Lunatic asylums Madras 1877-1891 - 1877-1891
Year: 1877
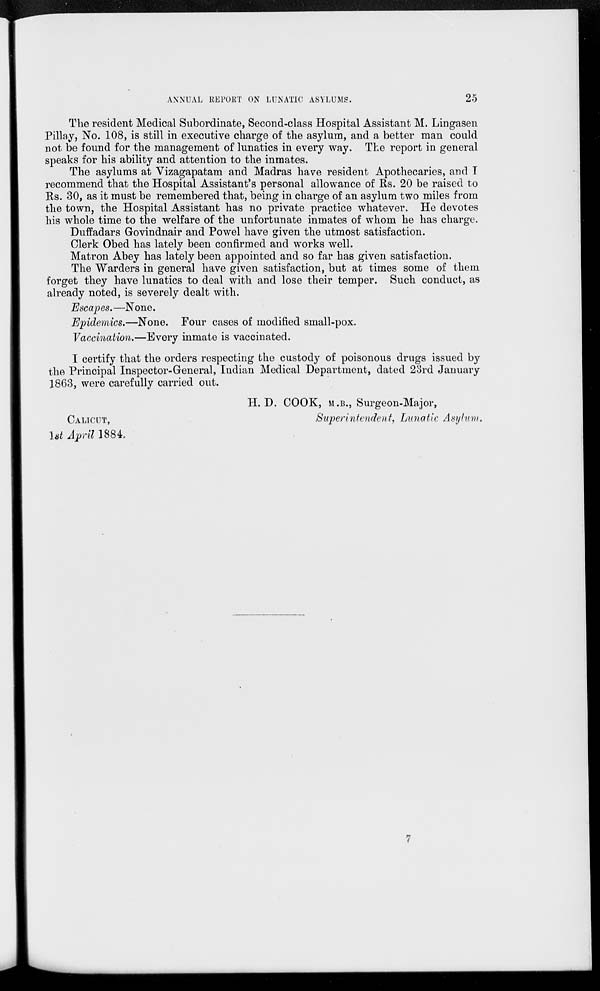
ANNUAL REPORT ON LUNATIC ASYLUMS.
25
The resident Medical Subordinate, Second-class Hospital Assistant M. Lingasen
Pillay, No. 108, is still in executive charge of the asylum, and a better man could
not be found for the management of lunatics in every way. The report in general
speaks for his ability and attention to the inmates.
The asylums at Vizagapatam and Madras have resident Apothecaries, and I
recommend that the Hospital Assistant's personal allowance of Rs. 20 be raised to
Rs. 30, as it must be remembered that, being in charge of an asylum two miles from
the town, the Hospital Assistant has no private practice whatever. He devotes
his whole time to the welfare of the unfortunate inmates of whom he has charge.
Duffadars Govindnair and Powel have given the utmost satisfaction.
Clerk Obed has lately been confirmed and works well.
Matron Abey has lately been appointed and so far has given satisfaction.
The Warders in general have given satisfaction, but at times some of them
forget they have lunatics to deal with and lose their temper. Such conduct, as
already noted, is severely dealt with.
Escapes.—None.
Epidemics.—None. Four cases of modified small-pox.
Vaccination.—Every inmate is vaccinated.
I certify that the orders respecting the custody of poisonous drugs issued by
the Principal Inspector-General, Indian Medical Department, dated 23rd January
1863, were carefully carried out.
H. D. COOK, M.B., Surgeon-Major,
Superintendent, Lunatic Asylum.
CALICUT,
1st April 1884.